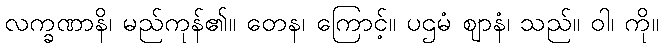
လက္ခဏာနိ၊ မည်ကုန်၏။ တေန၊ ကြောင့်။ ပဌမံ ဈာနံ၊ သည်။ ဝါ၊ ကို။